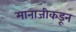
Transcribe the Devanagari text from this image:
मानाजीकडून